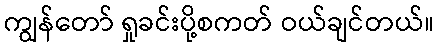
ကျွန်တော် ရှုခင်းပို့စကတ် ဝယ်ချင်တယ်။